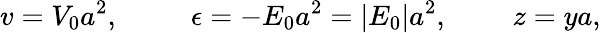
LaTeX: v=V_{0}a^{2},~~~~~~~~~~\epsilon=-E_{0}a^{2}=|E_{0}|a^{2},~~~~~~~~~z=ya,